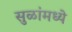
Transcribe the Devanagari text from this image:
सुळांमध्ये